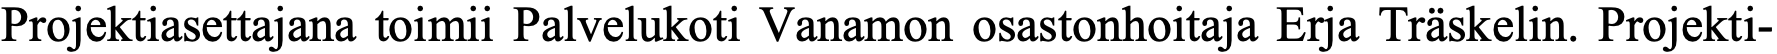
Projektiasettajana toimii Palvelukoti Vanamon osastonhoitaja Erja Träskelin. Projekti-